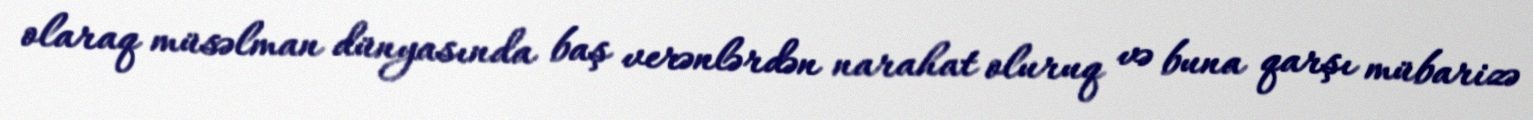
olaraq müsəlman dünyasında baş verənlərdən narahat oluruq və buna qarşı mübarizə